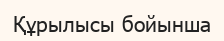
Құрылысы бойынша